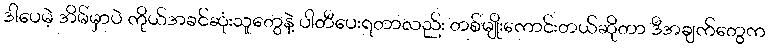
ဒါပေမဲ့ အိမ်မှာပဲ ကိုယ်အခင်ဆုံးသူတွေနဲ့ ပါတီပေးရတာလည်း တစ်မျိုးကောင်းတယ်ဆိုတာ ဒီအချက်တွေက